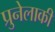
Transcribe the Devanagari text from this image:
प्रुनेलाकी